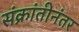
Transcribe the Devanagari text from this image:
संक्रांतीनंतर